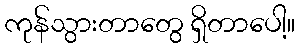
ကုန်သွားတာတွေ ရှိတာပေါ့။